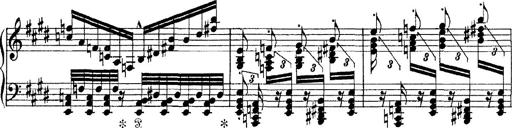
Title: Tarantelle di bravura dâ€™aprÃ¨s la tarantelle de La muette de Portici
Composer: Franz Liszt